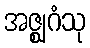
အဇ္ဈဂံသု